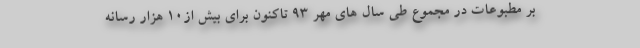
بر مطبوعات در مجموع طی سال های مهر ۹۳ تاکنون برای بیش از۱۰ هزار رسانه